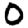
Digit: 0